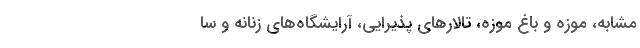
مشابه، موزه و باغ موزه، تالارهای پذیرایی، آرایشگاه‌های زنانه و سا